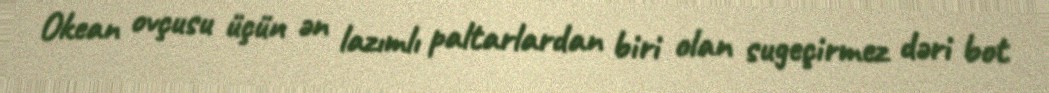
Okean ovçusu üçün ən lazımlı paltarlardan biri olan sugeçirmez dəri bot